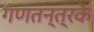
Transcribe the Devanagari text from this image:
गणतन्त्रके